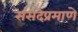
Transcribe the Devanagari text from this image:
संसदेप्रमाणे